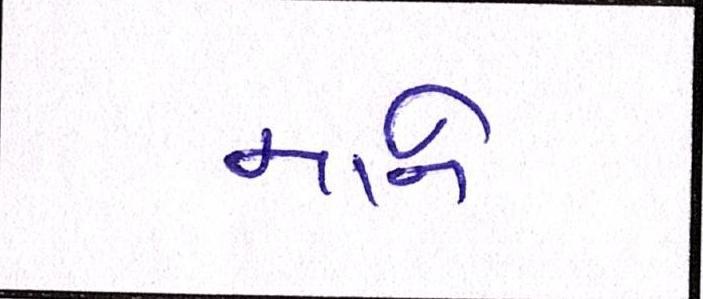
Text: માને